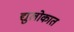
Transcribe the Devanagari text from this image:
द्युलोकात